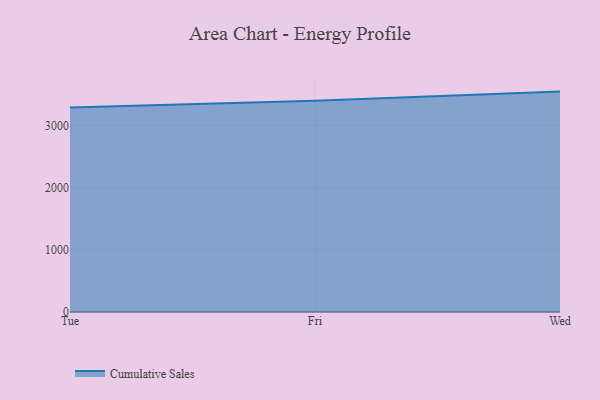
{"axis": {"x": "Day", "y": "Page Views"}, "legend": ["Cumulative Sales"], "data": [{"x": "Tue", "y": 3287.0, "type": "Cumulative Sales"}, {"x": "Fri", "y": 3395.9, "type": "Cumulative Sales"}, {"x": "Wed", "y": 3544.0, "type": "Cumulative Sales"}]}